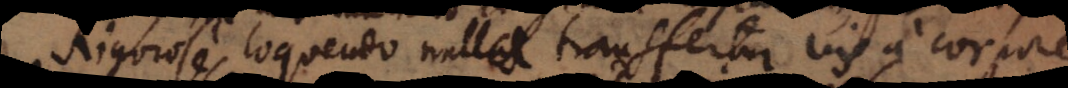
Rigorose loquendo nulla transfertur vis a corpore